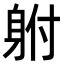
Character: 䠵